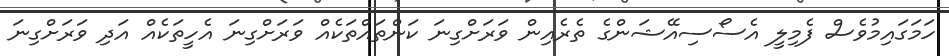
ހަމަގައިމުވެސް ފެމިލީ އެސޯސިއޭޝަންގެ ތެރެއިން ވަރަށްގިނަ ކަންތައްތަކެއް ވަރަށްގިނަ އެހީތަކެއް އަދި ވަރަށްގިނަ